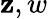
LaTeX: \mathbf{z},w